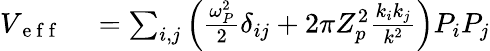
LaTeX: \begin{array}{rl}{V_{\mathrm{~e~f~f~}}}&{{}=\sum_{i,j}\left(\frac{\omega_{P}^{2}}{2}\delta_{ij}+2\pi Z_{p}^{2}\frac{k_{i}k_{j}}{k^{2}}\right)P_{i}P_{j}}\end{array}